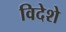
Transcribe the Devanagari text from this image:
विदेशे